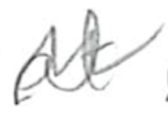
Text: at
Cross-out: zig-zag
Writing tool: pencil